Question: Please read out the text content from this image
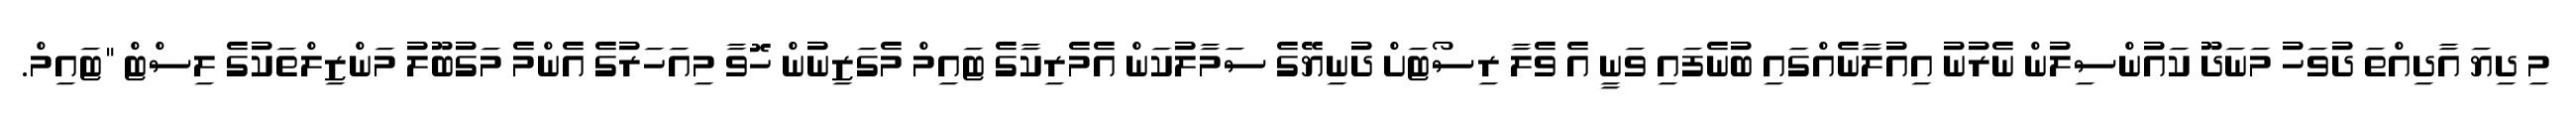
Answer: މި ދިޔަ އާދިއްތަ ދުވަހު މަނަދޫ ކައުންސިލުން ނެރުނު އިއުލާނެއްގައި ބުނެފައި ވަނީ އެ ވެލާ ރިސޯޓަށް ދުނިޔޭގެ ސަމާލުކަން އެމެރިކާގެ ޓައިމް މެގަޒިނުން ހޮވާ މިއަހަރުގެ އެންމެ މަގުބޫލު މަންޒިލްތަކުގެ ލިސްޓް "ޓައިމް.